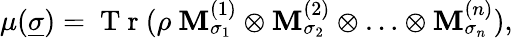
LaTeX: \mu(\underline{{\sigma}})=\mathrm{~T~r~}(\rho~\mathbf{M}_{\sigma_{1}}^{(1)}\otimes\mathbf{M}_{\sigma_{2}}^{(2)}\otimes\ldots\otimes\mathbf{M}_{\sigma_{n}}^{(n)}),